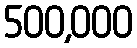
500,000